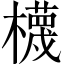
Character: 櫗